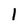
Character: 1